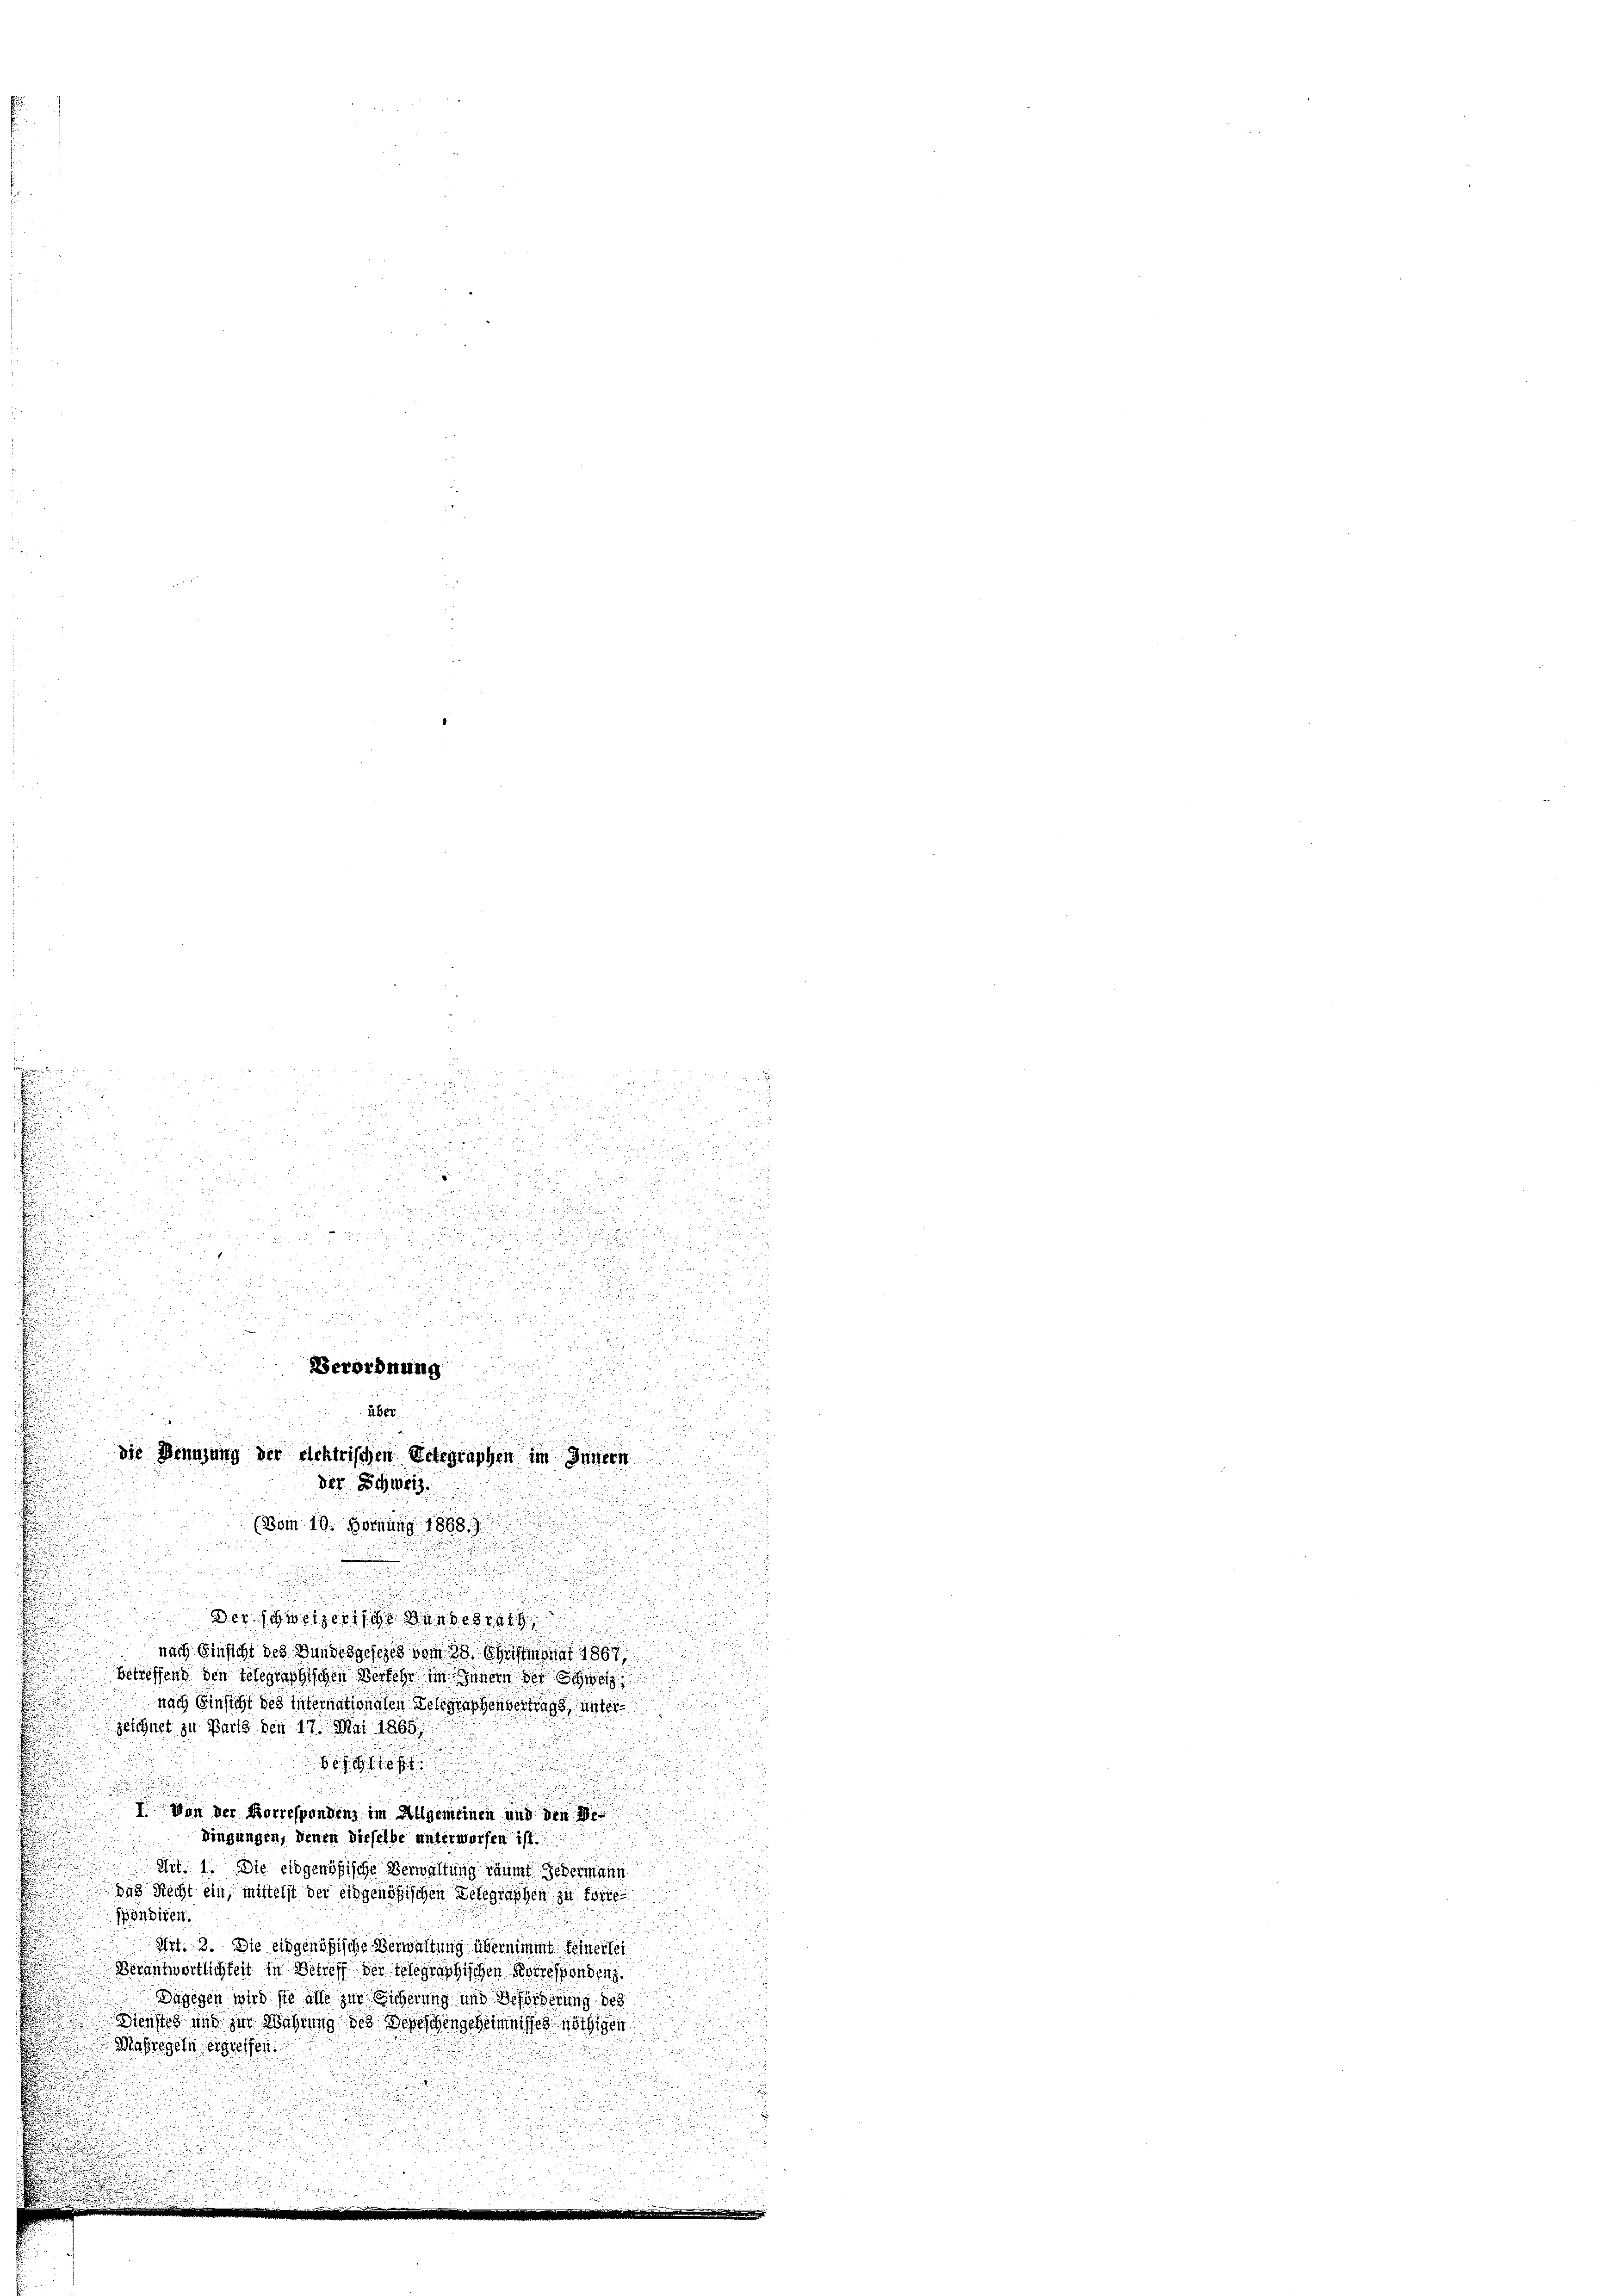
.

24 x
.
i

u

u
.

.

u

a

5
i

3

d
a

a

a

d

3
d

d
(Bom 10. Hornung 1888)
.

un die
Der schweizerische den der
un
nach Einsicht des Bundesgesezes vom 30. Juristmonat 1867
.
betreffend den telegraphischen Verkehr im Innern der Schwe
nach Einsicht des internationalen Telegraphenvertrag unter
zeichnet zu Bau den 17. Mai 1865.
u
h
.

.
u
7. Von der Korrespondenz im Allgemeinen und den Gedingungen, denen dieselbe unterwerfen ist.
Art. 1. Die eidgenößische Verwaltung raumt jedermann
das Recht ein, mittelst der eidgenößischen Delegraphen zu Torte
ondiren.
Art. 13. Sie eidgenößische Verwaltung übernimmt feinertei
Verantwortlichkeit in Betreff der telegraphischen Korresponden
Dagegen wird sie alle zur Sicherung und Beförderung des
Dienstes und zur Wahrung des Depeschengeheimnisses nöthigen
Aufregeln ergreifen.

.
14
u

u

u

5
s

u
u
e
h
.

Verordnung

A

u
die Benuzung der elektrischen Gelegraphen im Innern
der Schweiz.

u